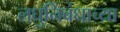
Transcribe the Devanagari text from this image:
लघुनिबंधाच्या